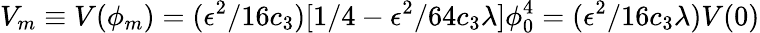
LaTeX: V_{m}\equiv V(\phi_{m})=(\epsilon^{2}/16c_{3})[1/4-\epsilon^{2}/64c_{3}\lambda]\phi_{0}^{4}=(\epsilon^{2}/16c_{3}\lambda)V(0)